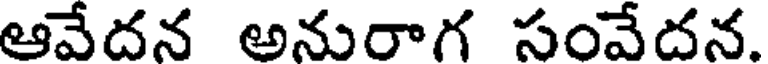
ఆవేదన అనురాగ సంవేదన.